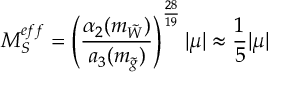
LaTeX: M _ { S } ^ { e f f } = \left( \frac { \alpha _ { 2 } ( m _ { \tilde { W } } ) } { a _ { 3 } ( m _ { \tilde { g } } ) } \right) ^ { \frac { 2 8 } { 1 9 } } | \mu | \approx \frac { 1 } { 5 } | \mu |